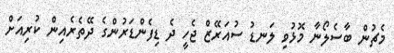
މެޗުން ބާސެލޯނާ މޮޅުވި ލަނޑު ސުއަރޭޒް ޖެހީ ދެ ޑިފެންޑަރުންގެ ދޭތެރެއިން ކުރިއަށް